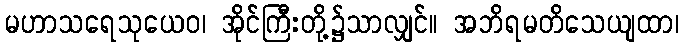
မဟာသရေသုယေဝ၊ အိုင်ကြီးတို့၌သာလျှင်။ အဘိရမတိသေယျထာ၊